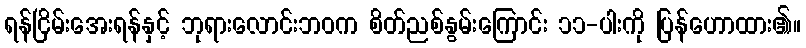
ရန်ငြိမ်းအေးရန်နှင့် ဘုရားလောင်းဘဝက စိတ်ညစ်နွမ်းကြောင်း ၁၁-ပါးကို ပြန်ဟောထား၏။